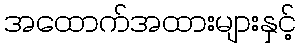
အထောက်အထားများနှင့်